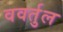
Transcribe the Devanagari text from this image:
ववर्तुल